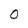
Character: O